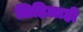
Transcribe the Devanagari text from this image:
लिहिलाही